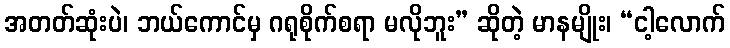
အတတ်ဆုံးပဲ၊ ဘယ်ကောင်မှ ဂရုစိုက်စရာ မလိုဘူး” ဆိုတဲ့ မာနမျိုး၊ “ငါ့လောက်